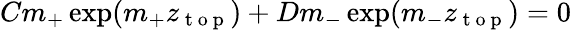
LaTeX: Cm_{+}\exp(m_{+}z_{\mathrm{~t~o~p~}})+Dm_{-}\exp(m_{-}z_{\mathrm{~t~o~p~}})=0